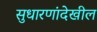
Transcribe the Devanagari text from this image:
सुधारणांदेखील